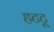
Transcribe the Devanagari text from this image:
हटटू